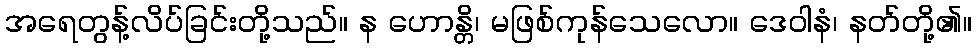
အရေတွန့်လိပ်ခြင်းတို့သည်။ န ဟောန္တိ၊ မဖြစ်ကုန်သေလော။ ဒေဝါနံ၊ နတ်တို့၏။